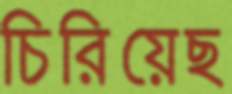
চিরিয়েছ